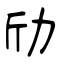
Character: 劤